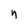
Character: n